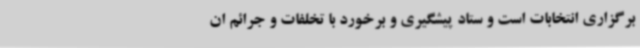
برگزاری انتخابات است و ستاد پیشگیری و برخورد با تخلفات و جرائم ان